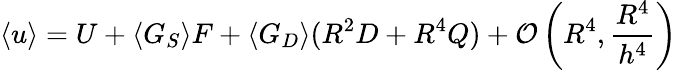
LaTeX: \langle u\rangle=U+\langle G_{S}\rangle F+\langle G_{D}\rangle(R^{2}D+R^{4}Q)+\mathcal{O}\left(R^{4},\frac{R^{4}}{h^{4}}\right)